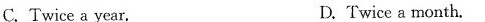
C. Twice a year. D.Twice a month.